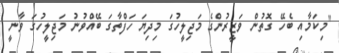
"މިކަމާއި ބެހޭ ގޮތުން ވަޒީރުންގެ މަޖިލީހުގަ މިދިޔަ ހަފްތާގަ ބޭއްވުނު މަޖިލީހުގަ ވާނީ